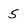
Character: 5